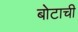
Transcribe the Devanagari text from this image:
बोटाची